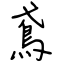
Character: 鳶